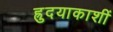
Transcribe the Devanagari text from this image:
ह्रुदयाकाशीं